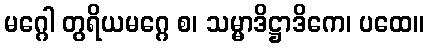
မဂ္ဂေါ တွရိယမဂ္ဂေ စ၊ သမ္မာဒိဋ္ဌာဒိကေ၊ ပထေ။